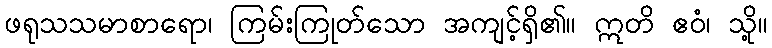
ဖရုသသမာစာရော၊ ကြမ်းကြုတ်သော အကျင့်ရှိ၏။ ဣတိ ဧဝံ၊ သို့။